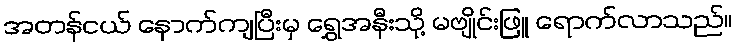
အတန်ငယ် နောက်ကျပြီးမှ ရွှေအနီးသို့ မဗျိုင်းဖြူ ရောက်လာသည်။